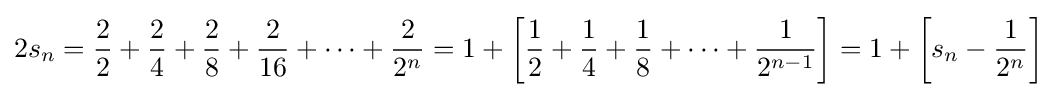
2s_{n}={\frac {2}{2}}+{\frac {2}{4}}+{\frac {2}{8}}+{\frac {2}{16}}+\cdots +{\frac {2}{2^{n}}}=1+\left[{\frac {1}{2}}+{\frac {1}{4}}+{\frac {1}{8}}+\cdots +{\frac {1}{2^{n-1}}}\right]=1+\left[s_{n}-{\frac {1}{2^{n}}}\right]